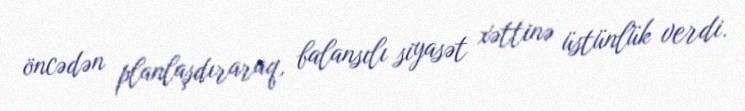
öncədən planlaşdıraraq, balansılı siyasət xəttinə üstünlük verdi.